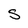
Character: S